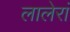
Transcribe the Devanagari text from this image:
लालेरां